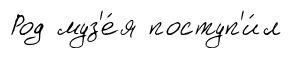
Род муз'е́я поступ'и́л